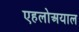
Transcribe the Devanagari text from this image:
एहलोअयाल